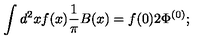
\int d ^ { 2 } x f ( x ) { \frac { 1 } { \pi } } B ( x ) = f ( 0 ) 2 \Phi ^ { ( 0 ) } ;